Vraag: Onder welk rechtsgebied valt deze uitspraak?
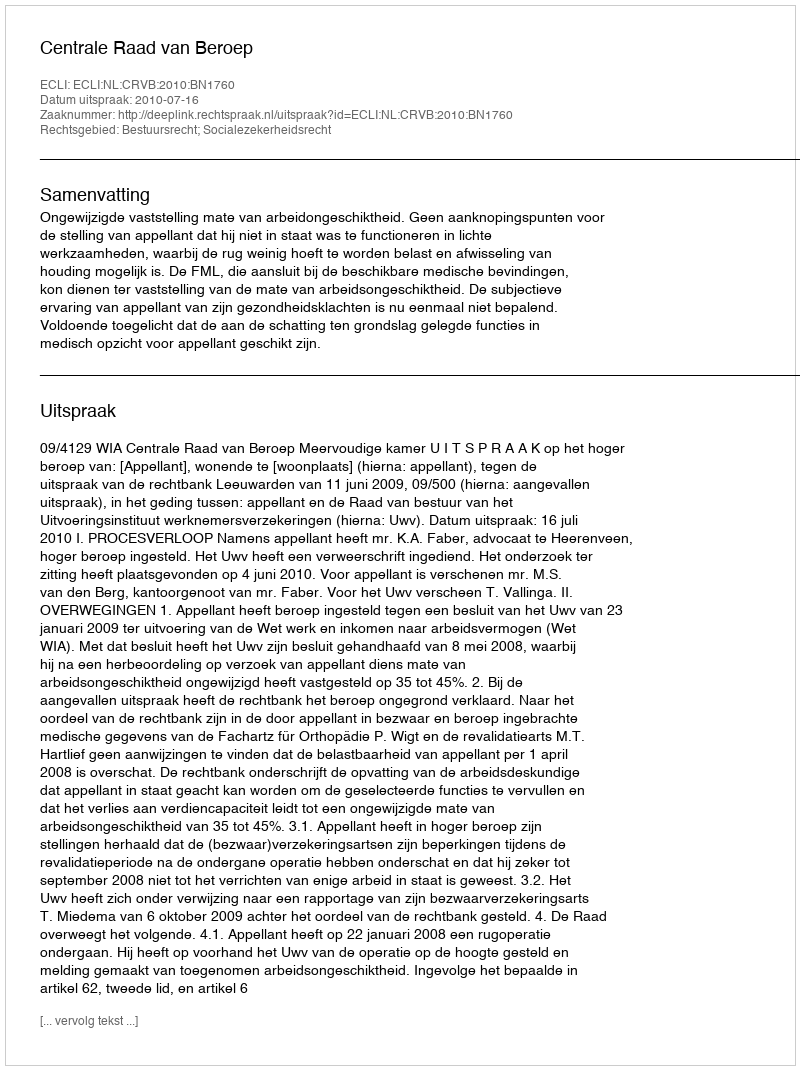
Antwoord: Bestuursrecht; Socialezekerheidsrecht